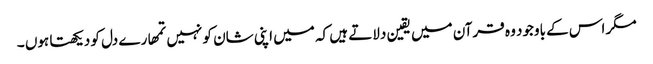
مگر اس کے باوجود وہ قرآن میں یقین دلاتے ہیں کہ میں اپنی شان کو نہیں تمھارے دل کو دیکھتا ہوں ۔